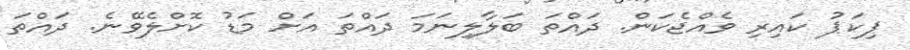
ޕިކަޕު ކައިރި ވެއްޖެކަން. ދައްތަ ބަލާލިނަމަ ދައްތަ އަށް މަޑު ކޮށްލެވޭނެ. ދައްތަ